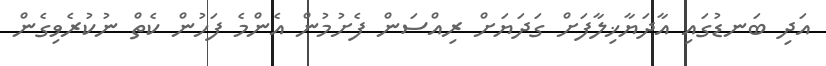
އަދި ބަނޑުގައި އާދަޔާޚިލާފަށް ގަދަޔަށް ރިއްސަން ފެށުމުން އެންމެ ފަހުން ކެތް ނުކުރެވިގެން